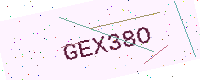
Text: GEX38O